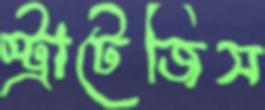
স্ট্রাটেজিস